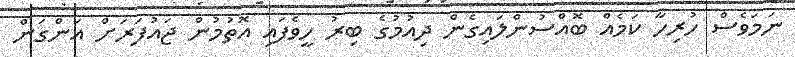
ނަމަވެސް ހުރިހާ ކަމެއް ބޮއްސުންލައިގެން ދިއުމުގެ ބިރު ހީވެފައި އޮތުމުން ޖައުފަރަށް އަންގަން